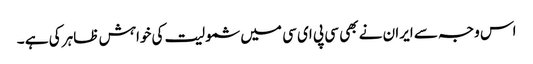
اس وجہ سے ایران نے بھی سی پی ای سی میں شمولیت کی خواہش ظاہر کی ہے ۔